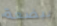
ببضعة